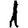
Digit: 1